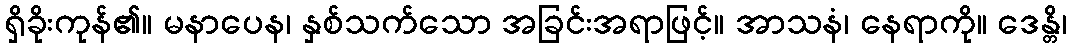
ရှိခိုးကုန်၏။ မနာပေန၊ နှစ်သက်သော အခြင်းအရာဖြင့်။ အာသနံ၊ နေရာကို။ ဒေန္တိ၊